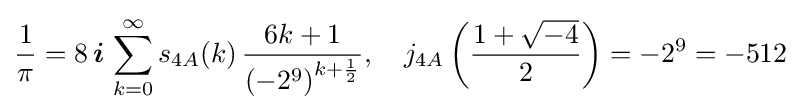
{\frac {1}{\pi }}=8\,{\boldsymbol {i}}\,\sum _{k=0}^{\infty }s_{4A}(k)\,{\frac {6k+1}{\left(-2^{9}\right)^{k+{\frac {1}{2}}}}},\quad j_{4A}\left({\frac {1+{\sqrt {-4}}}{2}}\right)=-2^{9}=-512